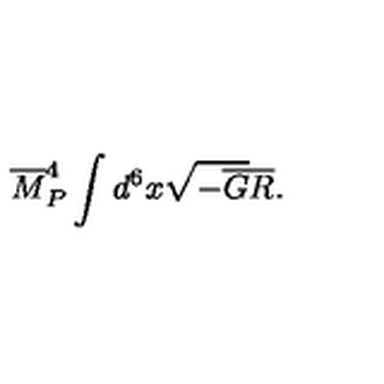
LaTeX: { \overline { M } } _ { P } ^ { 4 } \int d ^ { 6 } x \sqrt { - { \overline { G } } } { \overline { R } } .